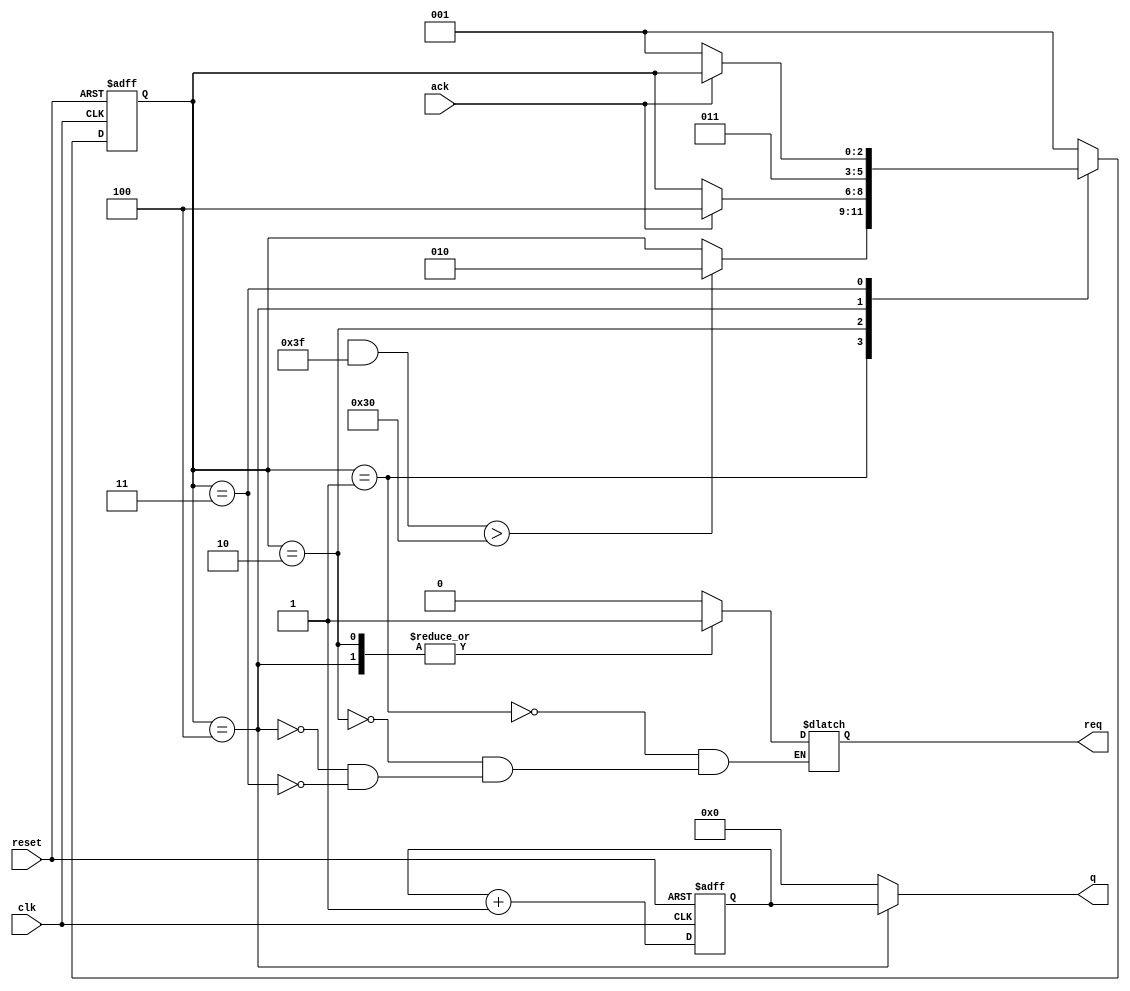
module writer( 
	       input wire 	 clk,
	       input wire 	 reset,
	       output wire [7:0] q,
	       output wire 	 req,
	       input wire 	 ack);
   
   localparam S00 = 1, S01 = 2, S10 = 3, S11 = 4;
   
   reg [2:0] 			 wstate, wstate_next;
   reg [7:0] 			 d, d_next;
   
   always @(posedge clk, posedge reset)
     if (reset)
       begin
	  d <= 8'b0;
	  wstate <= S00;
       end
     else
       begin
	  d <= d_next;
	  wstate <= wstate_next;
       end
   
   reg reqvar;
   reg [7:0] qvar;
   
   assign q = qvar;
   assign req = reqvar;
   
   always @(*)
     begin
	qvar   = 8'b0;
	
	d_next = d + 1;
	wstate_next = wstate;
	
	case (wstate)
	  S00:
	    begin
	    reqvar = 1'b0;
	    if (($random & 63) > 48)
		 wstate_next = S01;
	    end
	  
	  S01:
	    begin
	       reqvar = 1'b1;
	       if (ack)
		    wstate_next = S11;
	    end
	  
	  S11:
	    begin
	       reqvar = 1'b1;
	       qvar = d;
	       wstate_next = S10;
	    end
	  
	  S10:
	    begin
	       reqvar = 1'b0;	       
	       if (!ack)
		 wstate_next = S00;
	    end

	  default:
	    wstate_next = S00;
	endcase
	
     end
   
endmodule